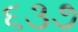
૬૩૭